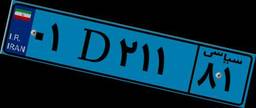
۴۷D۲۶۱۳۹